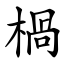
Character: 楇